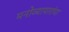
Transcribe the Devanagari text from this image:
मनोव्यापारांचा